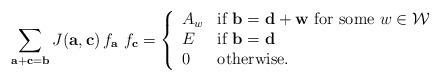
LaTeX: \begin{align*} \sum_{{\bf a}+{\bf c} = {\bf b}} J({\bf a},{\bf c})\, f_{\bf a}\,\, f_{\bf c} =\left\{ \begin{array}{ll} A_w & \mbox{if ${\bf b}={\bf d} + {\bf w}$ for some $w \in {\mathcal W}$} \\ E & \mbox{if ${\bf b}= {\bf d}$} \\ 0 & \mbox{otherwise}. \end{array} \right.\end{align*}